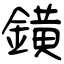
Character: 鐄